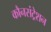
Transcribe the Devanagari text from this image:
कौनसंट्रेशन